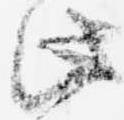
此